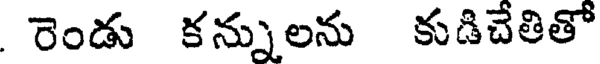
రెండు కన్నులను కుడిచేతితో